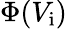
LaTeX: \Phi(V_{\mathrm{i}})